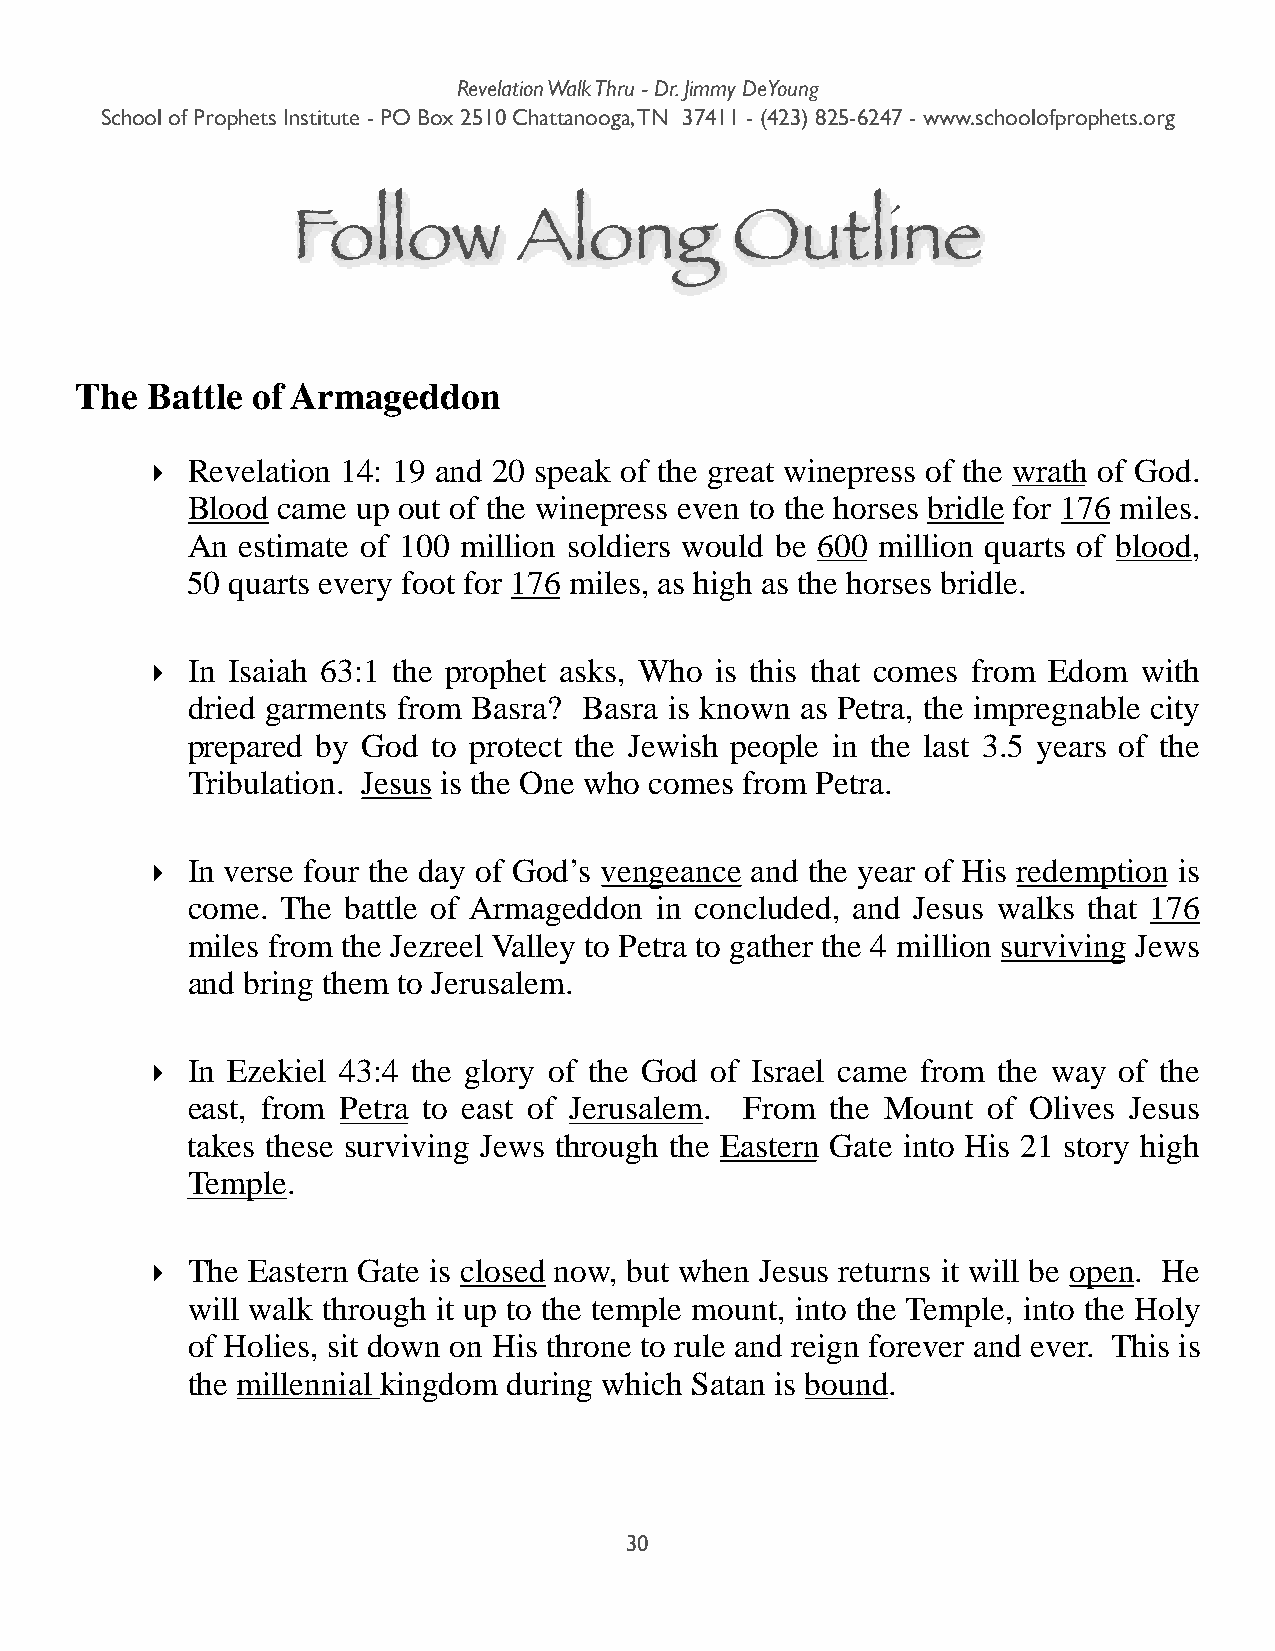
Revelation Walk Thru - Dr. Jimmy DeYoung
 School of Prophets Institute - PO Box 2510 Chattanooga, TN 37411 - (423) 825-6247 - www.schoolofprophets.org
 Follow         Along         Outline
 The  Battle of Armageddon
 ‣ Revelation 14: 19 and 20 speak of the great winepress of the wrath of God.
 Blood came  up out of the winepress even to the horses bridle for 176 miles.
 An  estimate of 100 million soldiers would be 600 million quarts of blood,
 50 quarts every foot for 176 miles, as high as the horses bridle.
 ‣ In Isaiah 63:1 the prophet asks, Who is this that comes from Edom with
 dried garments from Basra? Basra is known as Petra, the impregnable city
 prepared by God  to protect the Jewish people in the last 3.5 years of the
 Tribulation. Jesus is the One who comes from Petra.
 ‣ In verse four the day of God’s vengeance and the year of His redemption is
 come.  The battle of Armageddon in concluded, and Jesus walks that 176
 miles from the Jezreel Valley to Petra to gather the 4 million surviving Jews
 and bring them to Jerusalem.
 ‣ In Ezekiel 43:4 the glory of the God of Israel came from the way of the
 east, from Petra to east of Jerusalem. From the Mount of Olives Jesus
 takes these surviving Jews through the Eastern Gate into His 21 story high
 Temple.
 ‣ The Eastern Gate is closed now, but when Jesus returns it will be open. He
 will walk through it up to the temple mount, into the Temple, into the Holy
 of Holies, sit down on His throne to rule and reign forever and ever. This is
 the millennial kingdom during which Satan is bound.
 30